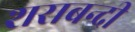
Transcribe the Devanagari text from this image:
शराबन्दी